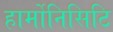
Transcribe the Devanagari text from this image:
हार्मोनिसिटि